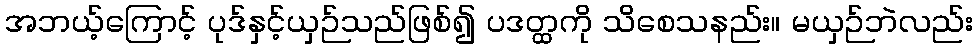
အဘယ့်ကြောင့် ပုဒ်နှင့်ယှဉ်သည်ဖြစ်၍ ပဒတ္ထကို သိစေသနည်း။ မယှဉ်ဘဲလည်း